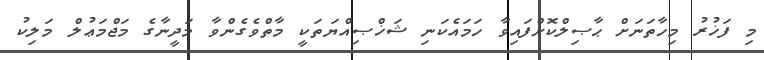
މި ފަޚުރު މިހާތަނަށް ޙާޞިލްކޮށްފައިވާ ހަމައެކަނި ޝަޚްޞިއްޔަތަކީ މާތްވެގެންވާ މަދީނާގެ މަޖްމަޢުލް މަލިކު